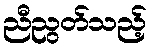
ညီညွတ်သည့်